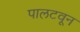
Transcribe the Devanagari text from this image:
पालटवून